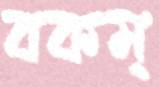
বকম্